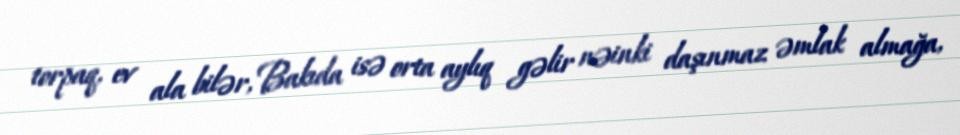
torpaq, ev ala bilər, Bakıda isə orta aylıq gəlir nəinki daşınmaz əmlak almağa,